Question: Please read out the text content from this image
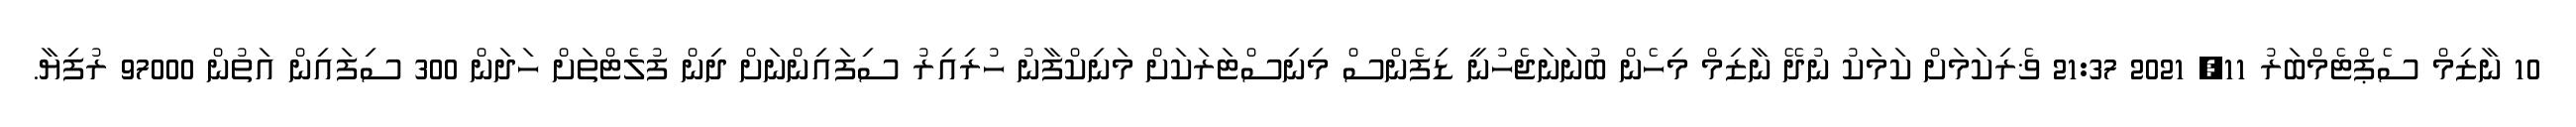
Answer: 10 ނާޒިމް ސެޕްޓެމްބަރު 11, 2021 21:37 ޥެރިކަމަށް ކަމަކު ނުދޭ ނާޒިމް މިހެން ބުނަނަޖެހުނީ ޑިފެންސް މިނިސްޓަރަކަށް މަނިކްފާނު ހުރިއިރު ސިފައިންނަށް ދިން ފުލެޓްތަށް ހަދަން 300 ސިފައިން އަތުން 97000 ރުފިޔާ.